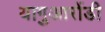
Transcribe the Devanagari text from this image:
यागुआरोंडी